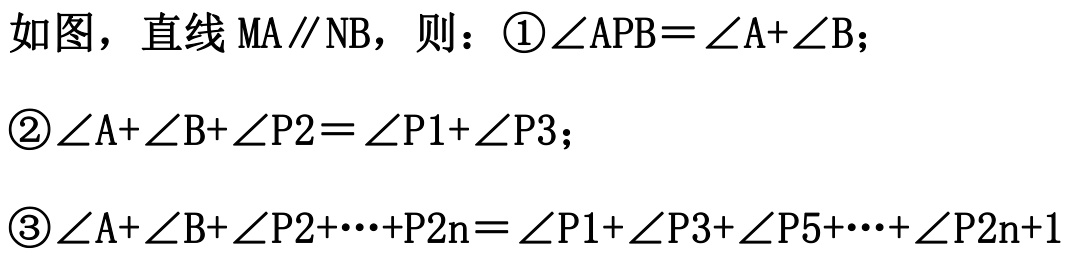
如图，直线 \(MA\parallel NB\)，则：\textcircled{1}\(\angle APB = \angle A+\angle B\)；
\textcircled{2}\(\angle A+\angle B+\angle P2=\angle P1+\angle P3\)；
\textcircled{3}\(\angle A+\angle B+\angle P2+\cdots +\angle P2n=\angle P1+\angle P3+\angle P5+\cdots+\angle P2n + 1\)